Civil Veterinary Dept. Bombay admin report 1893-99 - 1893-1899
Year: 1893
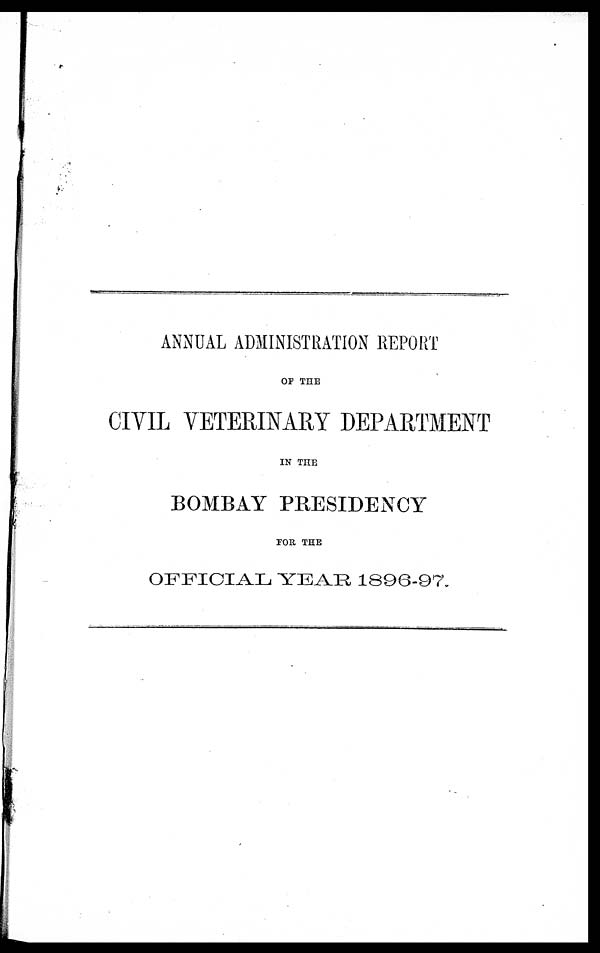
ANNUAL ADMINISTRATION REPORT
OF THE
CIVIL VETERINARY DEPARTMENT
IN THE
BOMBAY PRESIDENCY
FOR THE
OFFICIAL YEAR 1896-97.